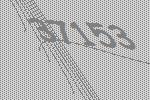
37153